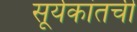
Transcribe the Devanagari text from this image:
सूर्यकांतची